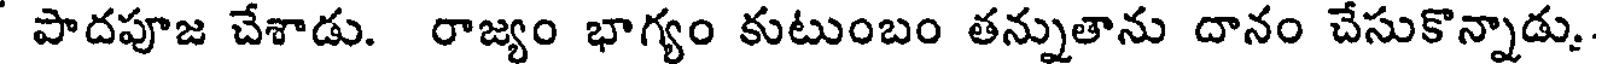
పాదపూజ చేశాడు. రాజ్యం భాగ్యం కుటుంబం తన్నుతాను దానం చేసుకొన్నాడు.